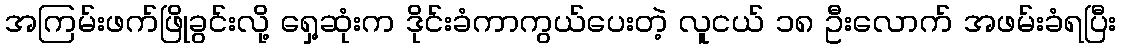
အကြမ်းဖက်ဖြိုခွင်းလို့ ရှေ့ဆုံးက ဒိုင်းခံကာကွယ်ပေးတဲ့ လူငယ် ၁၈ ဦးလောက် အဖမ်းခံရပြီး